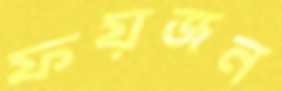
ফয়জন